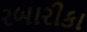
રબારીકા